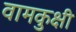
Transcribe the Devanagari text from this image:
वामकुक्षी